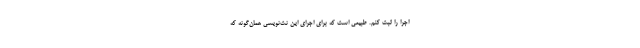
اجرا را ثبت کنم. طبیعی است که برای اجرای این نت‌نویسی همان‌گونه که